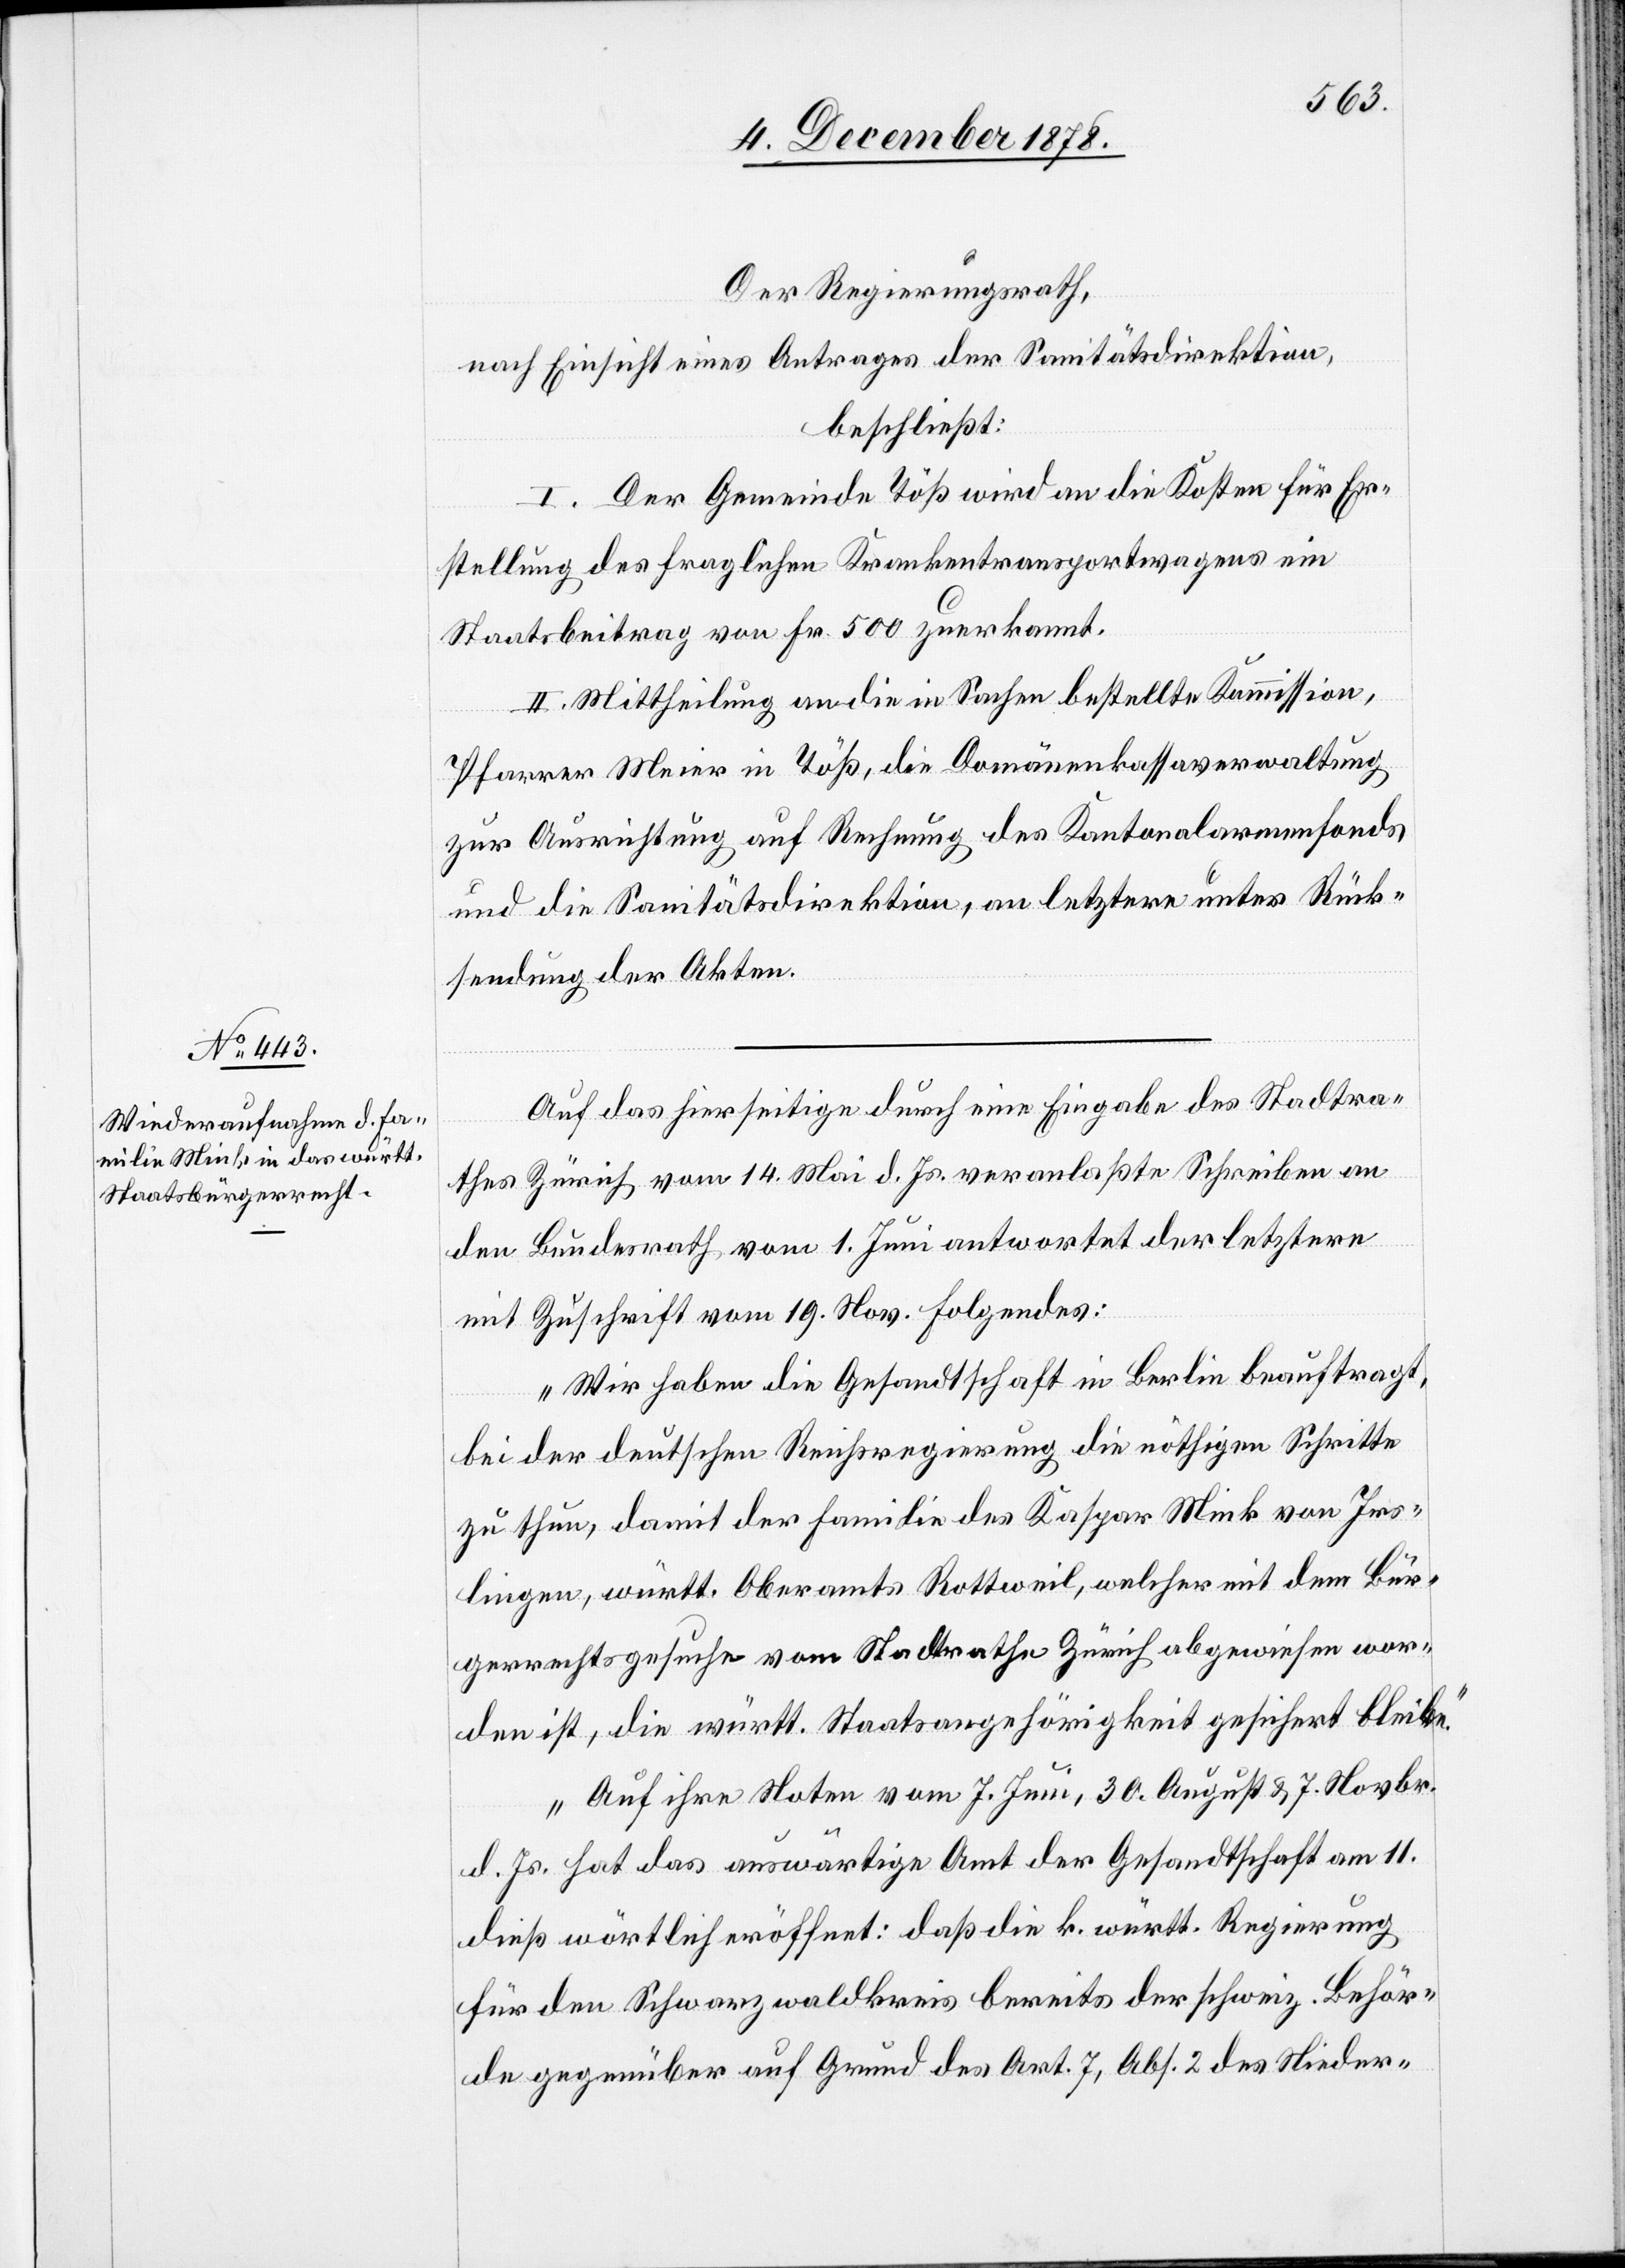
Der Regierungsrath,
nach Einsicht eines Antrages der Sanitätsdirektion,
beschließt:
I. Der Gemeinde Töß wird an die Kosten für Er¬
stellung des fraglichen Krankentransportwagens ein
Staatsbeitrag von Fr. 500 zuerkannt.
II. Mittheilung an die in Sachen bestellte Kommission,
Pfarrer Meier in Töß, die Domänenkassaverwaltung
zur Ausrichtung auf Rechnung des Kantonalarmenfonds
und die Sanitätsdirektion, an letztere unter Rück¬
sendung der Akten.
Auf das hierseitige durch eine Eingabe des Stadtra¬
thes Zürich vom 14. Mai d. Js. veranlaßte Schreiben an
den Bundesrath vom 1. Juni antwortet der letztere
mit Zuschrift vom 19. Nov. folgendes:
„Wir haben die Gesandtschaft in Berlin beauftragt,
bei der deutschen Reichsregierung die nöthigen Schritte
zu thun, damit der Familie des Kaspar Mink von Irs¬
lingen, württ. Oberamts Rottweil, welcher mit dem Bür¬
gerrechtsgesuche vom Stadtrathe Zürich abgewiesen wor¬
den ist, die württ. Staatsangehörigkeit gesichert bleibe.
Auf ihre Noten vom 7. Juni, 30. August & 7. Novbr.
d. Js. hat das auswärtige Amt der Gesandtschaft am 11.
dieß wörtlich eröffnet: daß die k. württ. Regierung
für den Schwarzwaldkreis bereits der schweiz. Behör¬
de gegenüber auf Grund des Art. 7, Abs. 2 des Nieder-